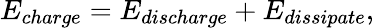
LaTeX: E_{charge}=E_{discharge}+E_{dissipate},